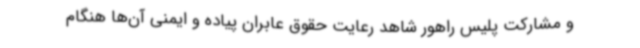
و مشارکت پلیس راهور شاهد رعایت حقوق عابران پیاده و ایمنی آن‌ها هنگام